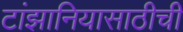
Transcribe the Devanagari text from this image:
टांझानियासाठीची